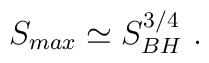
S_{max} \simeq S_{BH}^{3/4}\ .